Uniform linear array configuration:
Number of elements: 24
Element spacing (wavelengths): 1
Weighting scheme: hamming
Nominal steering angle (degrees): -60
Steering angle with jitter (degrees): -59.719
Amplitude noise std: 0.05
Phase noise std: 0.05

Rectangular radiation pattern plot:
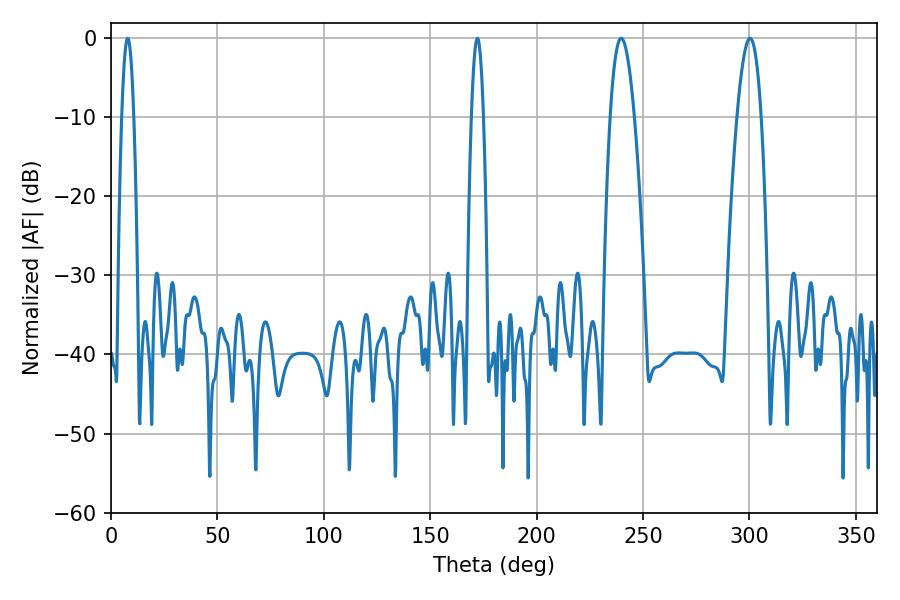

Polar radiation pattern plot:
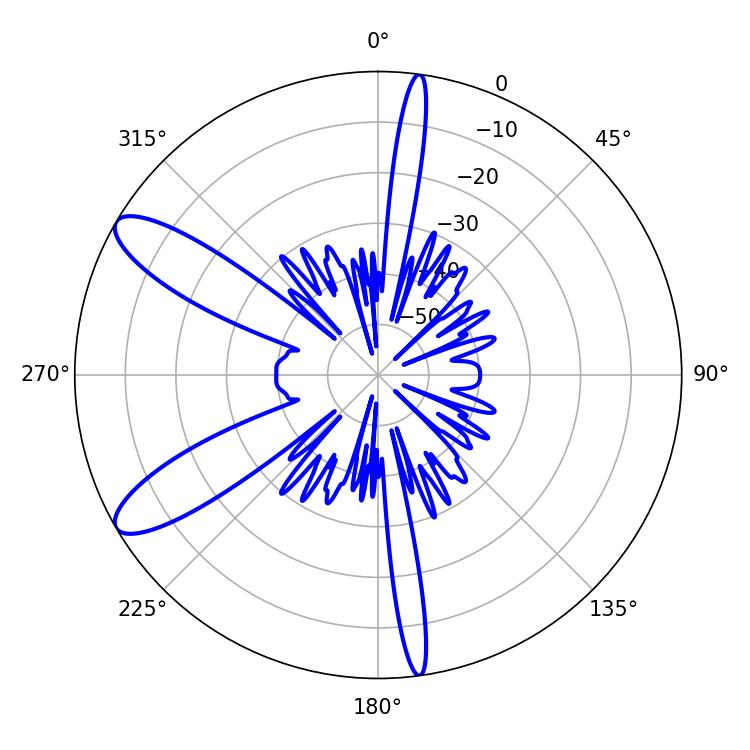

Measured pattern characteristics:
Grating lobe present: TRUE
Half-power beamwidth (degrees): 6.3
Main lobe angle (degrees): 239.76